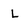
Character: L